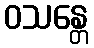
ဝသန္တေ